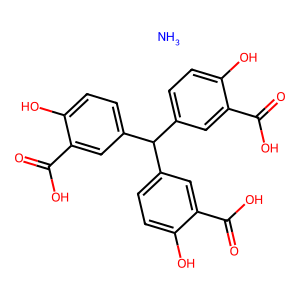
SMILES: N.O=C(O)c1cc(C(c2ccc(O)c(C(=O)O)c2)c2ccc(O)c(C(=O)O)c2)ccc1O
Inhibits HIV replication: Yes